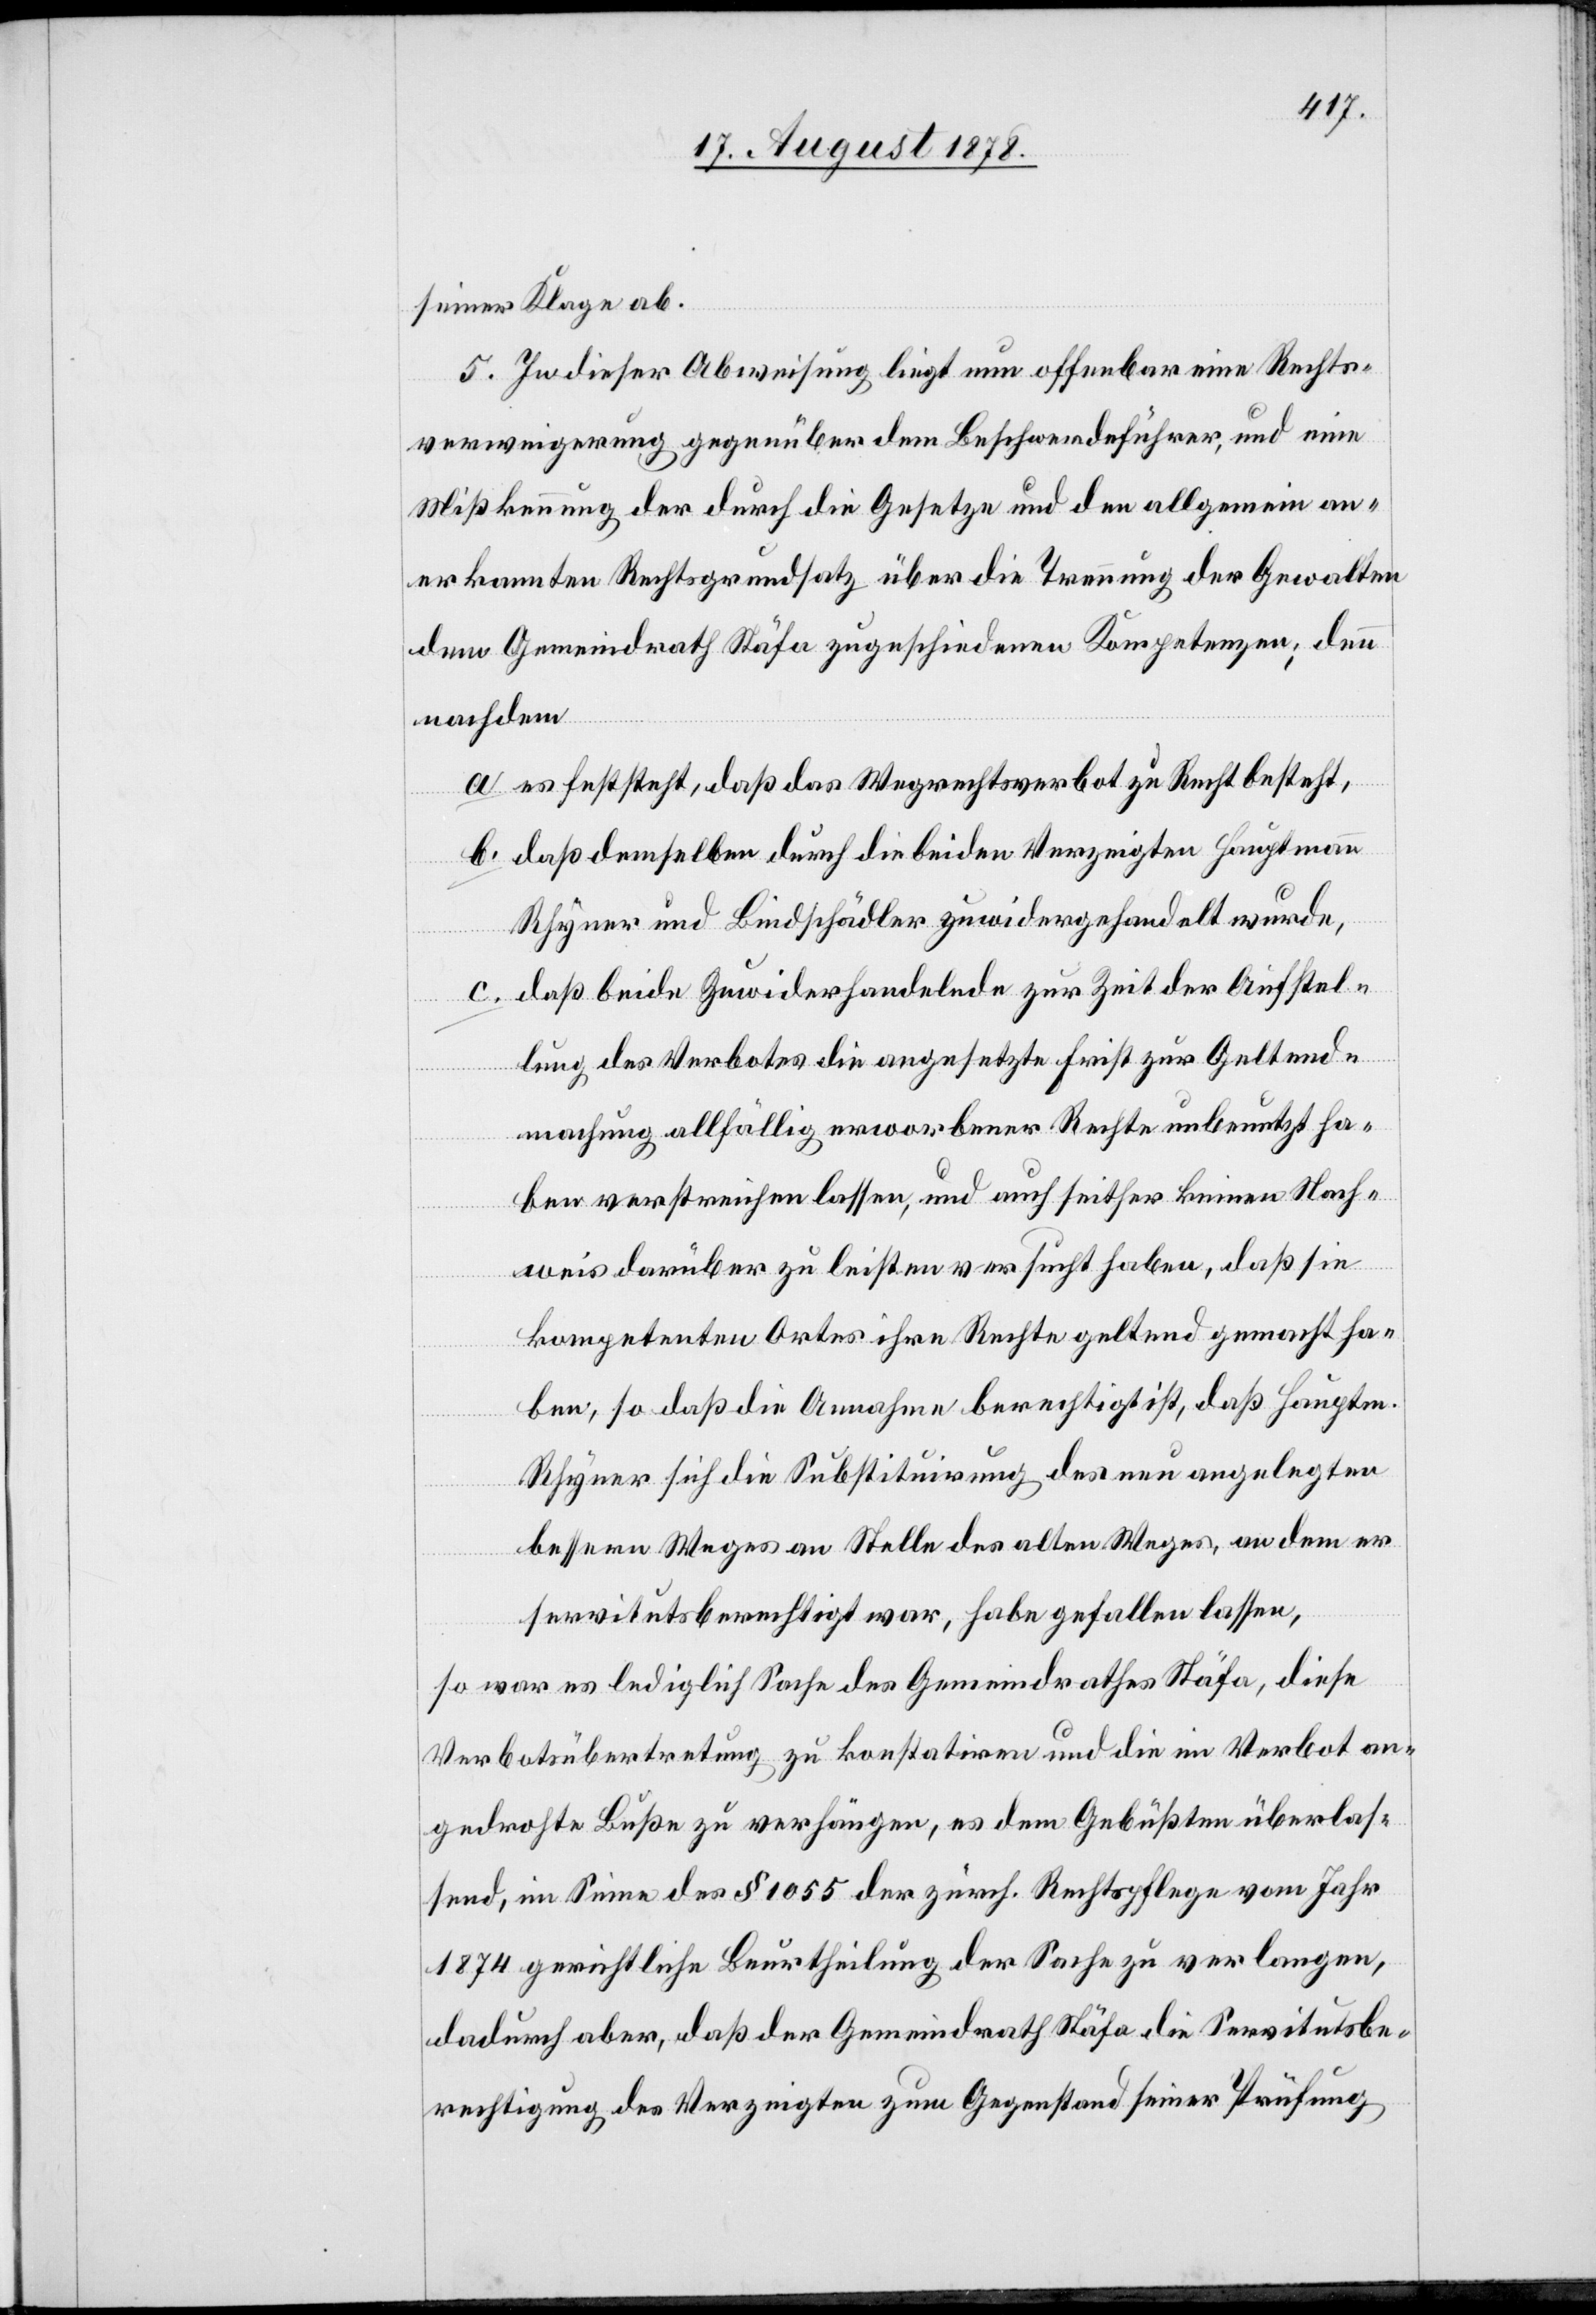
seiner Klage ab.
5. In dieser Abweisung liegt nun offenbar eine Rechts¬
verweigerung gegenüber dem Beschwerdeführer, und eine
Mißkennung der durch die Gesetze und den allgemein an¬
erkannten Rechtsgrundsatz über die Trennung der Gewalten
dem Gemeindrath Stäfa zugeschiedenen Kompetenzen; denn
nachdem
a. es feststeht, daß das Wegrechtsverbot zu Recht besteht,
b. daß demselben durch die beiden Verzeigten Hauptmann
Rhyner und Bindschädler zuwiedergehandelt wurde,
c. daß beide Zuwiderhandelnde zur Zeit der Aufstel¬
lung des Verbotes die angesetzte Frist zur Geltend¬
machung allfällig erworbener Rechte unbenutzt ha¬
ben verstreichen lassen, und auch seither keinen Nach¬
weis darüber zu leisten versucht haben, daß sie
kompetenten Ortes ihre Rechte geltend gemacht ha¬
ben, so daß die Annahme berechtigt ist, daß Hauptm.
Rhyner sich die Substituirung des nun angelegten
bessern Weges an Stelle des alten Weges, an dem er
servitutsberechtigt war, habe gefallen lassen,
so war es lediglich Sache des Gemeindrathes Stäfa, diese
Verbotsübertretung zu konstatiren und die im Verbot an¬
gedrohten Buße zu verhängen, es dem Gebüßten überlas¬
send, im Sinne des § 1055 der zürch. Rechtspflege vom Jahr
1874 gerichtliche Beurtheilung der Sache zu verlangen,
dadurch aber, daß der Gemeindrath Stäfa die Servitutsbe¬
rechtigung des Verzeigten zum Gegenstand seiner Prüfung